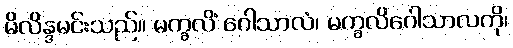
မိလိန္ဒမင်းသည်။ မက္ခလိံ ဂေါသာလံ၊ မက္ခလိဂေါသာလကို၊